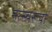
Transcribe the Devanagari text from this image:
मत्स्यरूपा